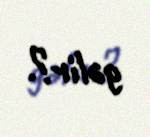
gəlir?.